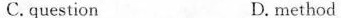
C. question D. method